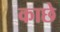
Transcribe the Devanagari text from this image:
काछे